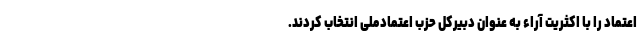
اعتماد را با اکثریت آراء به عنوان دبیرکل حزب اعتمادملی انتخاب کردند.